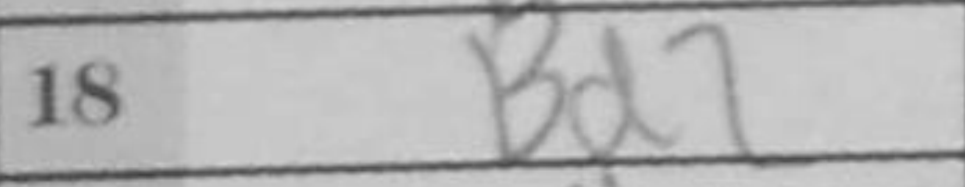
Transcription: Bd2